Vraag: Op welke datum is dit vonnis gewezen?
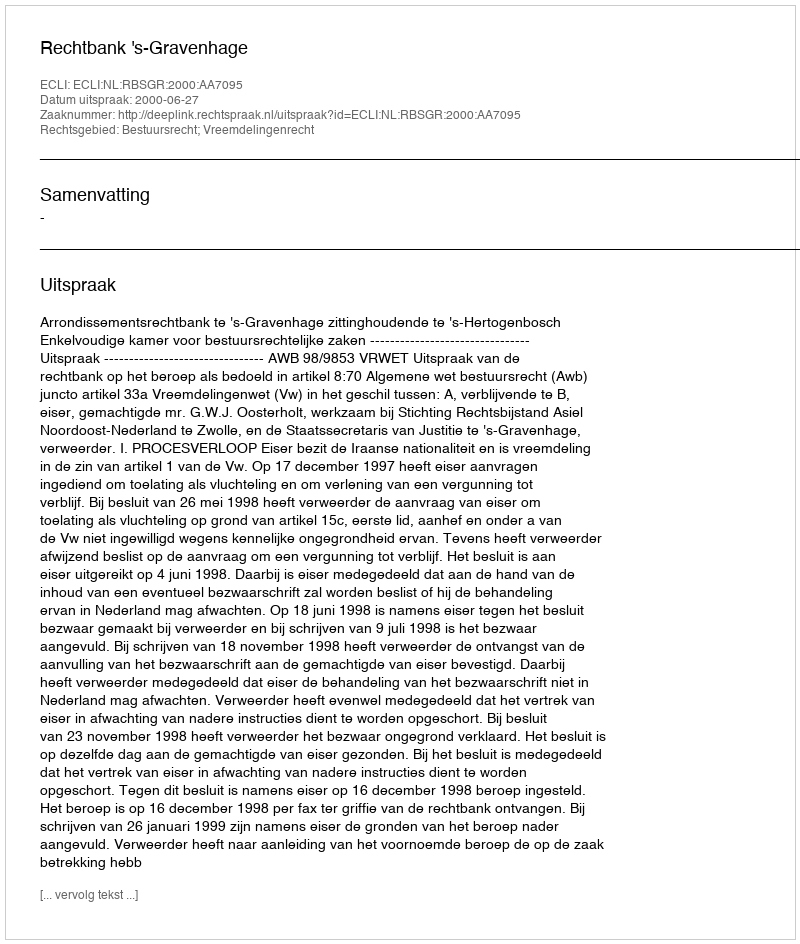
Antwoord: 2000-06-27